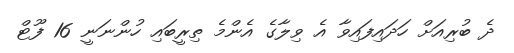
ދެ ބުރިއަށް ހަދައިފައިވާ އެ ވިލާގެ އެންމެ ތިރީބައި ހުންނަނީ 16 ފޫޓް